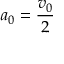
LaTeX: a _ { 0 } = { \frac { v _ { 0 } } { 2 } }